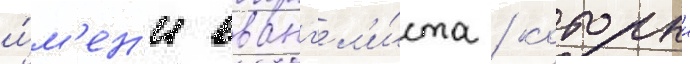
и́м'ен'и еванг'ел'и́ста / которыи